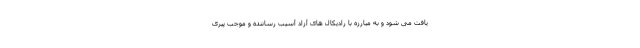
یافت می شود و به مبارزه با رادیکال های آزاد آسیب رساننده و موجب پیری